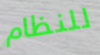
للنظام